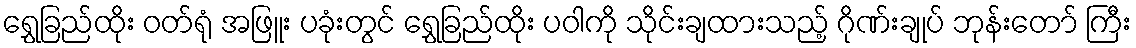
ရွှေခြည်ထိုး ဝတ်ရုံ အဖြူး ပခုံးတွင် ရွှေခြည်ထိုး ပဝါကို သိုင်းချထားသည့် ဂိုဏ်းချုပ် ဘုန်းတော် ကြီး